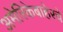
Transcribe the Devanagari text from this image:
अमेरिकेबाहेरचे